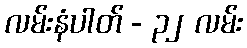
လမ်းနံပါတ် - ၃၂ လမ်း